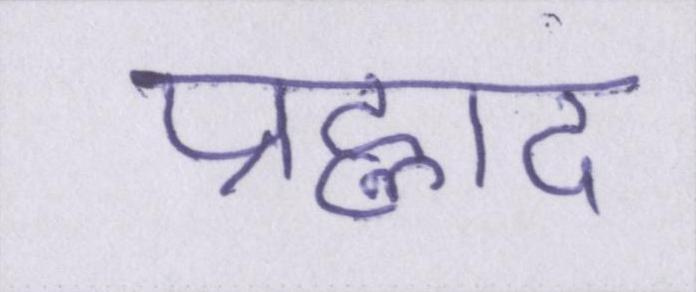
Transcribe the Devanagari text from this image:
प्रह्लाद